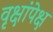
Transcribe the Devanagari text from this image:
वृक्षांपेक्ष